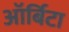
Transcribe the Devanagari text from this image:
ऑर्बिटा